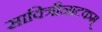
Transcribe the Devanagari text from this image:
सावित्रीनाटकम्